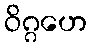
ဝိဂ္ဂဟေ